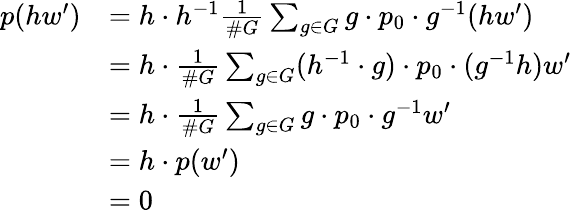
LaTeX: {\begin{array}{rl}{p(hw^{\prime})}&{=h\cdot h^{-1}{\frac{1}{\# G}}\sum_{g\in G}g\cdot p_{0}\cdot g^{-1}(hw^{\prime})}\\ &{=h\cdot{\frac{1}{\# G}}\sum_{g\in G}(h^{-1}\cdot g)\cdot p_{0}\cdot(g^{-1}h)w^{\prime}}\\ &{=h\cdot{\frac{1}{\# G}}\sum_{g\in G}g\cdot p_{0}\cdot g^{-1}w^{\prime}}\\ &{=h\cdot p(w^{\prime})}\\ &{=0}\end{array}}